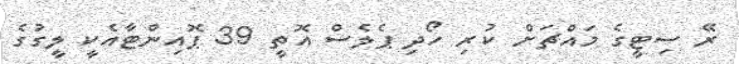
ރޭ ސިޓީގެ މައްޗަށް ކުރި ހޯދި ޕެލެސް އޮތީ 39 ޕޮއިންޓާއެކީ ލީގުގެ